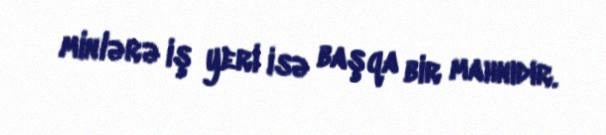
minlərə iş yeri isə başqa bir mahnıdır.